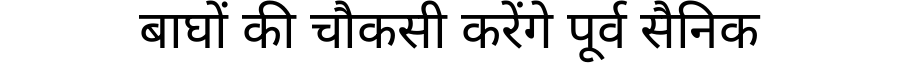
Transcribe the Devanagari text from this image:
बाघों की चौकसी करेंगे पूर्व सैनिक